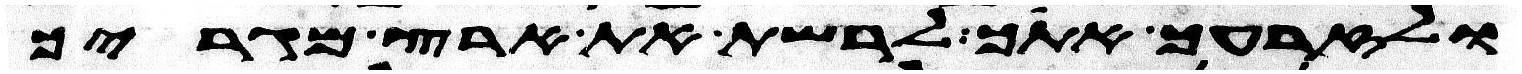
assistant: ולזרעך אתך לרשת את ארץ מגריך